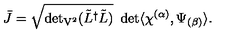
\bar { J } = \sqrt { { \det } _ { \mathrm { V ^ { 2 } } } ( \tilde { L } ^ { \dagger } \tilde { L } ) } \ \det \langle \chi ^ { ( \alpha ) } , \Psi _ { ( \beta ) } \rangle .